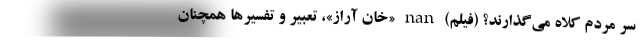
سر مردم کلاه می‌گذارند؟ (فیلم) nan «خان آراز»، تعبیر و تفسیرها همچنان